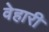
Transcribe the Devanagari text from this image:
वेहारी